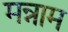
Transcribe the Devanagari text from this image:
मन्नाम